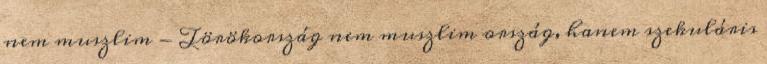
nem muszlim - Törökország nem muszlim ország, hanem szekuláris